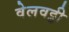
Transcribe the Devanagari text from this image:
वेलवट्टी